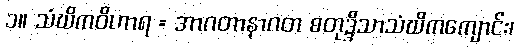
၁။ သံဃိကဝိဟာရ = အာဂတာနာဂတ စတုဒ္ဒိသာသံဃိကကျောင်း၊